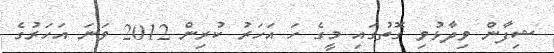
ޝިފާން ވިދާޅުވި ގޮތުގައި މީގެ ހަ އަހަރު ކުރިން 2012 ވަނަ އަހަރުގެ